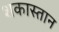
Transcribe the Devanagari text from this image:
शकास्तान